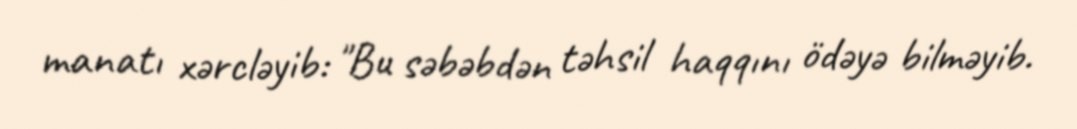
manatı xərcləyib: "Bu səbəbdən təhsil haqqını ödəyə bilməyib.